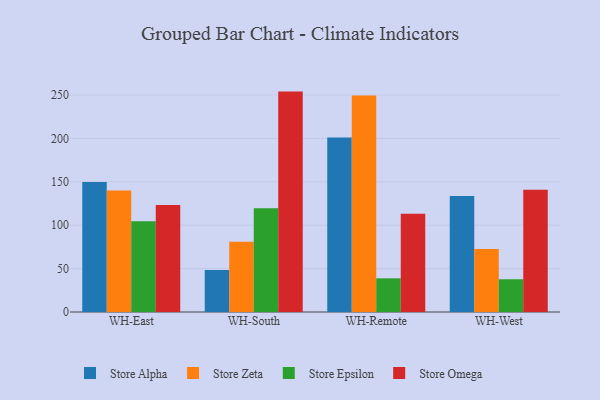
{"axis": {"x": "Warehouse", "y": "Operating Costs (USD K)"}, "legend": ["Store Alpha", "Store Epsilon", "Store Omega", "Store Zeta"], "data": [{"x": "WH-East", "y": 149.9, "type": "Store Alpha"}, {"x": "WH-East", "y": 139.9, "type": "Store Zeta"}, {"x": "WH-East", "y": 104.5, "type": "Store Epsilon"}, {"x": "WH-East", "y": 123.2, "type": "Store Omega"}, {"x": "WH-South", "y": 48.4, "type": "Store Alpha"}, {"x": "WH-South", "y": 80.9, "type": "Store Zeta"}, {"x": "WH-South", "y": 119.4, "type": "Store Epsilon"}, {"x": "WH-South", "y": 253.9, "type": "Store Omega"}, {"x": "WH-Remote", "y": 200.9, "type": "Store Alpha"}, {"x": "WH-Remote", "y": 249.4, "type": "Store Zeta"}, {"x": "WH-Remote", "y": 38.8, "type": "Store Epsilon"}, {"x": "WH-Remote", "y": 113.2, "type": "Store Omega"}, {"x": "WH-West", "y": 133.7, "type": "Store Alpha"}, {"x": "WH-West", "y": 72.5, "type": "Store Zeta"}, {"x": "WH-West", "y": 37.7, "type": "Store Epsilon"}, {"x": "WH-West", "y": 140.9, "type": "Store Omega"}]}